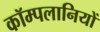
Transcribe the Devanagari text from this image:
कॉम्पलानियों